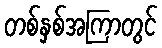
တစ်နှစ်အကြာတွင်